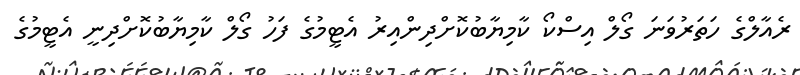
ރެއާލްގެ ހަތަރުވަނަ ގޯލް އިސްކޯ ކާމިޔާބުކޮށްދިންއިރު އެޓީމުގެ ފަހު ގޯލް ކާމިޔާބުކޮށްދިނީ އެޓީމުގެ